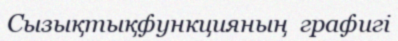
Сызықтықфункцияның  графигі